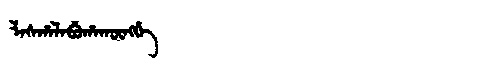
Manchu: ᠯᠠᠰᡥᠠᠯᠠᠪᡠᡥᠠᡴᡡᠩᡤᡝ
Romanization: LASHALABUHAKŪNGGE